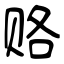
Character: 赂